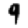
Digit: 9